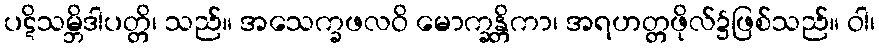
ပဋိသမ္ဘိဒါပတ္တိ၊ သည်။ အသေက္ခဖလဝိ မောက္ခန္တိကာ၊ အရဟတ္တဖိုလ်၌ဖြစ်သည်။ ဝါ၊